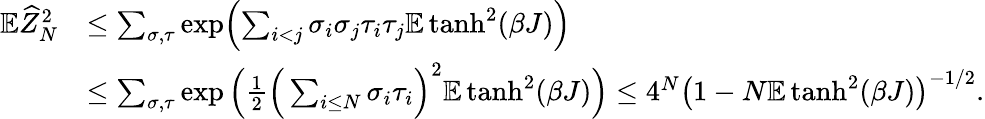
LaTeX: \begin{array}{rl}{\mathbb E\widehat Z_{N}^{2}}&{\leq\sum_{\sigma,\tau}\exp\Bigl(\sum_{i<j}\sigma_{i}\sigma_{j}\tau_{i}\tau_{j}\mathbb E\operatorname{tanh}^{2}(\beta J)\Bigr)}\\ &{\leq\sum_{\sigma,\tau}\exp\Big(\frac{1}{2}\Big(\sum_{i\leq N}\sigma_{i}\tau_{i}\Big)^{2}\mathbb E\operatorname{tanh}^{2}(\beta J)\Big)\leq 4^{N}\big(1-N\mathbb E\operatorname{tanh}^{2}(\beta J)\big)^{-1/2}.}\end{array}